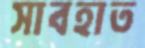
সাবহাত